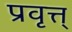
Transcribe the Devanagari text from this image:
प्रवृत्त्